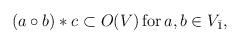
LaTeX: \begin{align*}(a \circ b) * c \subset O(V)\,\mbox{for} \, a,b \in V_{\bar{1}},\end{align*}